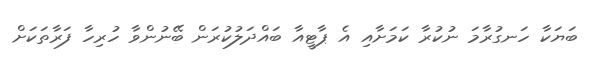
ބަޔަކާ ހަނގުރާމަ ނުކުރާ ކަމަށާއި އެ ޕާޓީއާ ބައްދަލުކުރަން ބޭނުންވާ ހުރިހާ ފަރާތަކަށް